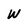
Character: W